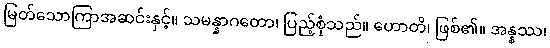
မြတ်သောကြာအဆင်းနှင့်။ သမန္နာဂတော၊ ပြည့်စုံသည်။ ဟောတိ၊ ဖြစ်၏။ အန္နဿ၊